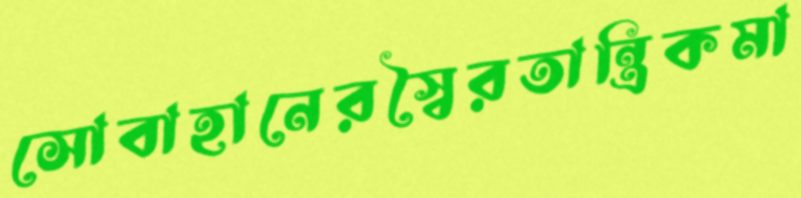
সোবাহানেরস্বৈরতান্ত্রিকমা